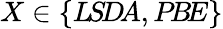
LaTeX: X\in\{ {L\! S\! D\! A},{P\! B\! E}\}